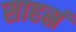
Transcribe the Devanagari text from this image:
साहस्रं